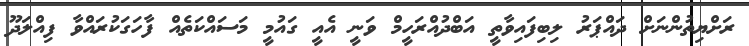
ރަށްޔިތުންނަށް ދައްޕަރު ލިބިފައިވާތީ އަބްދުއްރަހީމް ވަނީ އެއީ ގައުމީ މަސައްކަތެއް ފާހަގަކުރައްވާ ފިއްލަދޫ